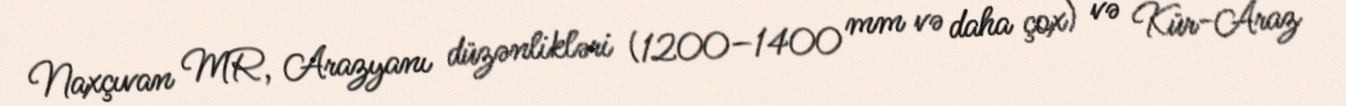
Naxçıvan MR, Arazyanı düzənlikləri (1200–1400 mm və daha çox) və Kür-Araz